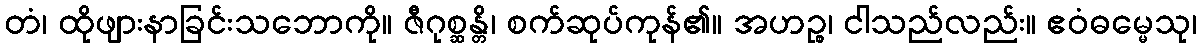
တံ၊ ထိုဖျားနာခြင်းသဘောကို။ ဇီဂုစ္ဆန္တိ၊ စက်ဆုပ်ကုန်၏။ အဟဉ္စ၊ ငါသည်လည်း။ ဧဝံဓမ္မေသု၊